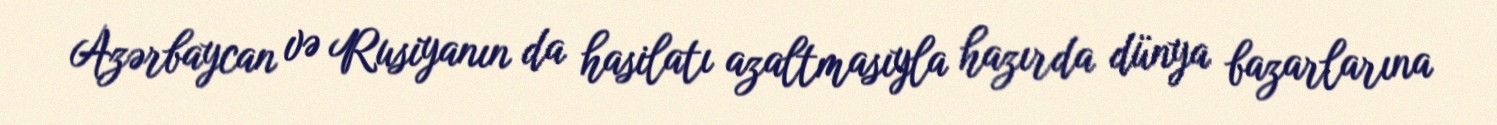
Azərbaycan və Rusiyanın da hasilatı azaltmasıyla hazırda dünya bazarlarına